Lock hospitals Punjab
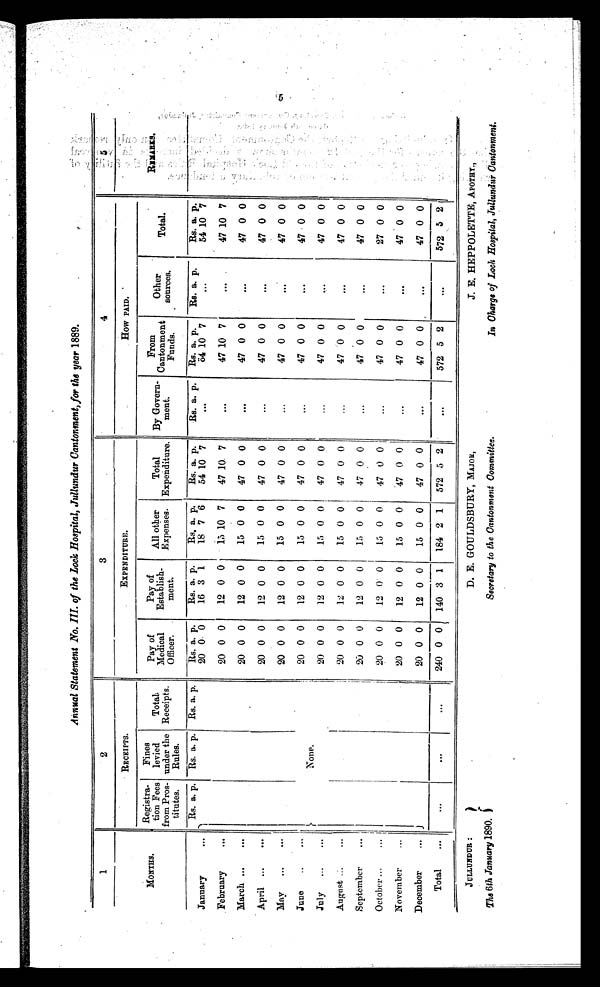
Annual Statement No. III. of the Lock Hospital, Jullundur Cantonment, for the year 1889.
1
2
3
4
5
MONTHS.
RECEIPTS.
EXPENDITURE.
HOW PAID.
REMARKS.
Registra-
tion Fees
from Pros-
titutes.
Fines
levied
under the
Rules.
Total
Receipts.
Pay of
Medical
Officer.
Pay of
Establish-
ment.
All other
Expenses.
Total
Expenditure.
By Govern -
ment.
From
Cantonment
Funds.
Other.
sources.
Total.
Rs. a. p.
Rs. a. p.
Rs. a. p.
Rs. a. p.
Rs. a. p.
Rs. a. p.
Rs. a. p.
Rs. a. p.
Rs. a. p.
Rs. a. p.
Rs. a. p.
January
...
20 0 0
16 3 1
18 7 6
54 10 7
. . .
ö4 10 7
. . .
54 10 7
February
...
20 0 0
12 0 0
15 10 7
47 10 7
. . .
47 10 7
. . .
47 10 7
March
...
20 0 0
12 0 0
15 0 0
47 0 0
. . .
47 0 0
. . .
47 0 0
April
...
20 0 0
12 0 0 15 0 0
47 0 0
...
47 0 0
. . .
47 0 0
May
...
20 0 0
12 0 0
15 0 0
47 0 0
. . .
47 0 0
. . .
47 0 0
June
...
20 0 0
12 0 0
15 0 0
47 0 0
. . .
47 0 0
. . .
47 0 0
None.
July
...
20 0 0
12 0 0
15 0 0
47 0 0
. . .
47 0 0
. . .
47 0 0
August
...
20 0 0
12 0 0
15 0 0
47 0 0
. . .
47 0 0
. . .
47 0 0
September
...
20 0 0
12 0 0
15 0 0
47 0 0
...
47 0 0
. . .
47 0 0
October
...
2 0 0 0
12 0 0
15 0 0
47 0 0
...
47 0 0
. . .
27 0 0
November
...
20 0 0
12 0 0
15 0 0
47 0 0
...
47 0 0
. . .
47 0 0
December
...
20 0 0
12 0 0
15 0 0
47 0 0
. . .
47 0 0
. . .
47 0 0
Total
...
...
...
. . .
240 0 0
140 3 1
184 2 1
572 5 2
. . .
572 5 2
. . .
572 5 2
JULLUNDUR:
The 6th January 1890.
D. E. GOULDSBURY, MAJOR,
Secretary to the Cantonment Committee.
J. E. HEPPOLETTE, APOTHT.,
In Charge of Lock Hospital, Jullundur Cantonment.